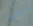
ديلن